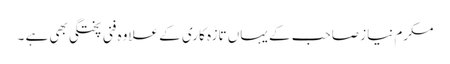
مکرم نیاز صاحب کے یہاں تازہ کاری کے علاوہ فنی پختگی بھی ہے ۔